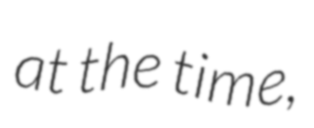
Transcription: at the time,